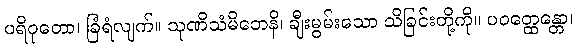
ပရိဝုတော၊ ခြံရံလျက်။ သုဏိသံမိဘေနိ၊ ချီးမွမ်းသော သိခြင်းတို့ကို။ ပဝတ္ထေန္တော၊